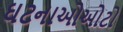
ઘટનાઓઓટો